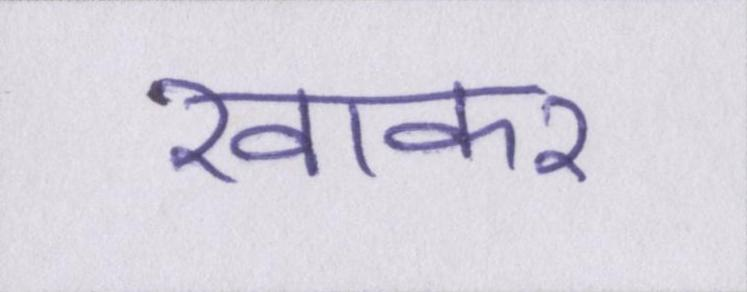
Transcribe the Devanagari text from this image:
खाकर